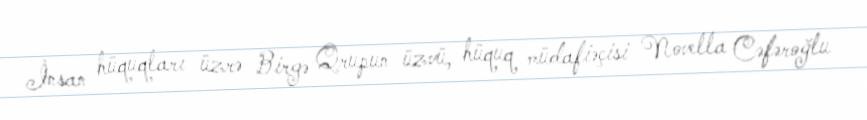
İnsan hüquqları üzrə Birgə Qrupun üzvü, hüquq müdafiəçisi Novella Cəfəroğlu